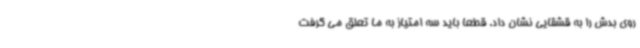
روی بدش را به قشقایی نشان داد. قطعا باید سه امتیاز به ما تعلق می گرفت